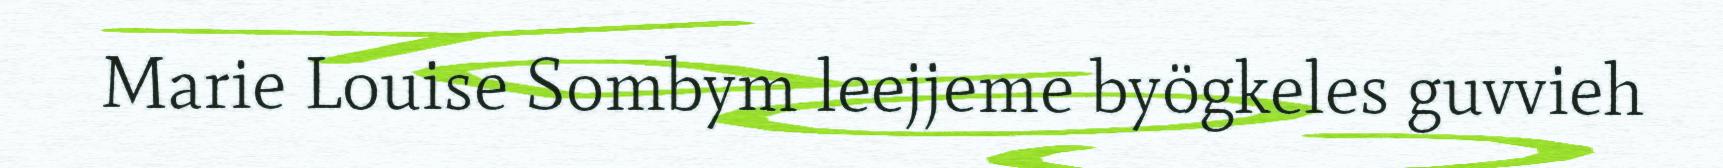
Marie Louise Sombym leejjeme byögkeles guvvieh